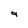
Character: 9